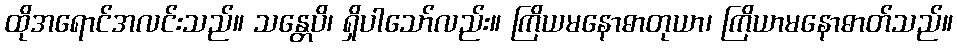
ထိုအရောင်အလင်းသည်။ သန္တေပိ၊ ရှိပါသော်လည်း။ ကြိယမနောဓာတုယာ၊ ကြိယာမနောဓာတ်သည်။